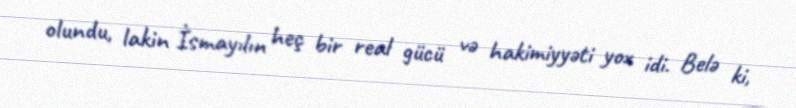
olundu, lakin İsmayılın heç bir real gücü və hakimiyyəti yox idi. Belə ki,